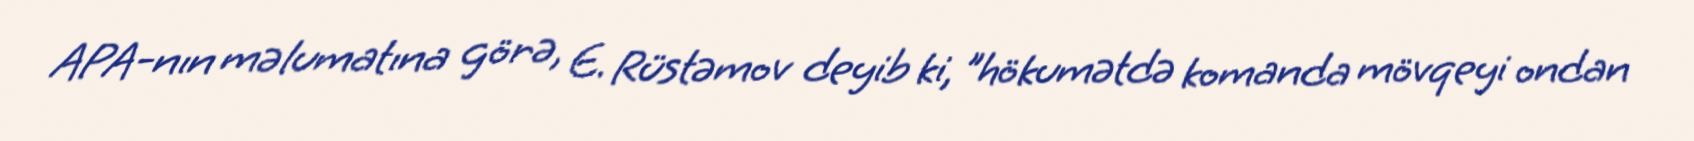
APA-nın məlumatına görə, E. Rüstəmov deyib ki, "hökumətdə komanda mövqeyi ondan